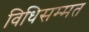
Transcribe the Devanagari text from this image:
विधिसम्‍मत